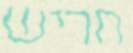
חריש